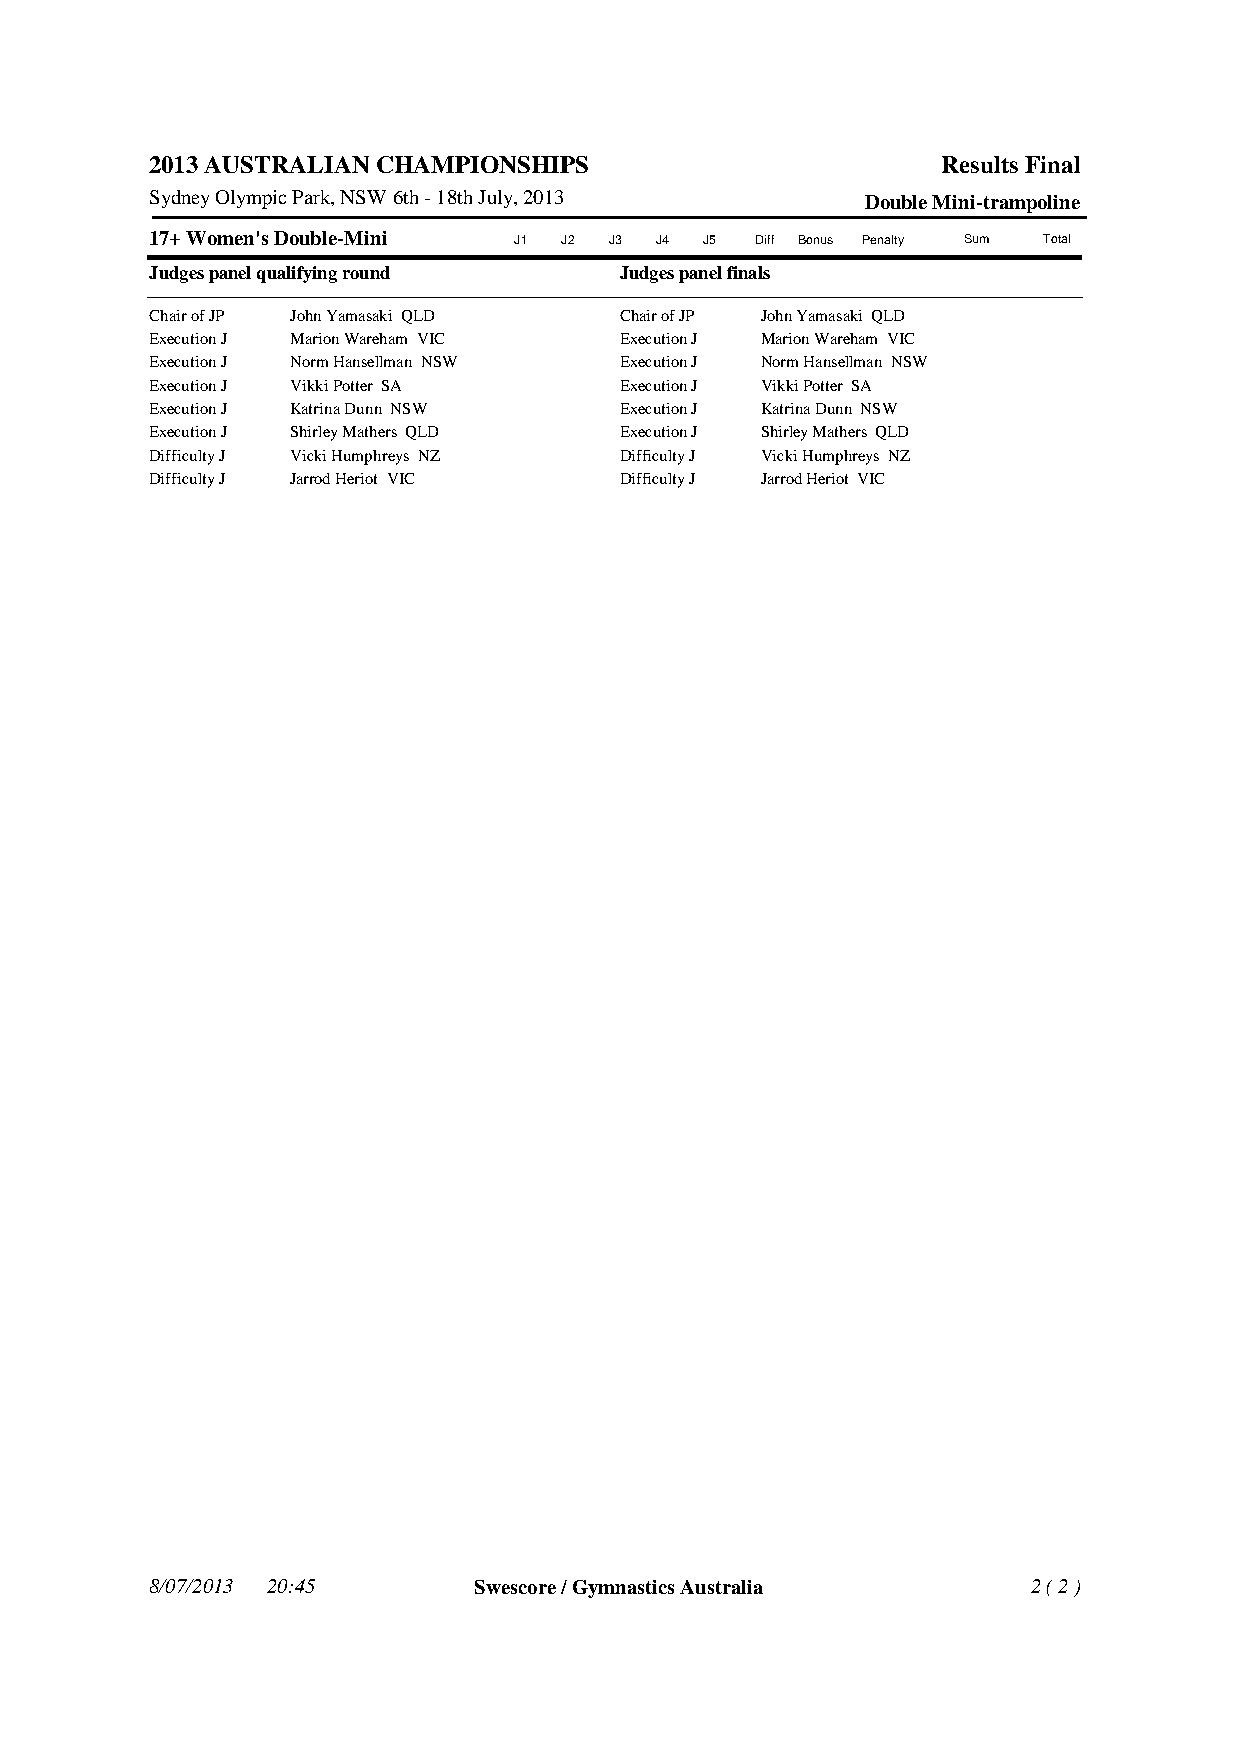
2013 AUSTRALIAN CHAMPIONSHIPS                       Results Final
 Sydney Olympic Park, NSW 6th - 18th July, 2013 Double Mini-trampoline
 17+ Women's Double-Mini J1 J2 J3 J4 J5  Diff Bonus Penalty Sum Total
 Judges panel qualifying round  Judges panel finals
 Chair of JP John Yamasaki QLD  Chair of JP John Yamasaki QLD
 Execution J Marion Wareham VIC Execution J Marion Wareham VIC
 Execution J Norm Hansellman NSW Execution J Norm Hansellman NSW
 Execution J Vikki Potter SA    Execution J Vikki Potter SA
 Execution J Katrina Dunn NSW   Execution J Katrina Dunn NSW
 Execution J Shirley Mathers QLD Execution J Shirley Mathers QLD
 Difficulty J Vicki Humphreys NZ Difficulty J Vicki Humphreys NZ
 Difficulty J Jarrod Heriot VIC Difficulty J Jarrod Heriot VIC
 8/07/2013 20:45      Swescore / Gymnastics Australia      2 ( 2 )